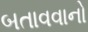
બતાવવાનો